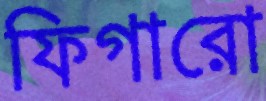
ফিগারো